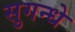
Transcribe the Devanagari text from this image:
सुगन्धे